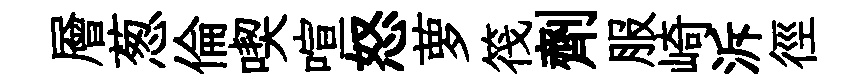
層葱倫喫喧怒萝筏劑服崎泝徑